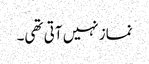
نماز نہیں آتی تھی۔